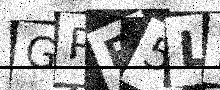
Text: GPP5L2